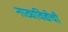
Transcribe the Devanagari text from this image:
नाट्यविद्येची